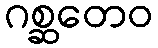
ဂစ္ဆတေဝ